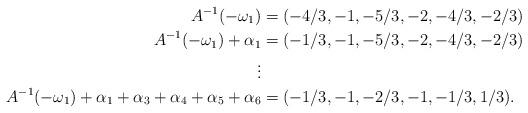
LaTeX: \begin{align*}A^{-1}(-\omega_1) &= (-4/3,-1,-5/3,-2,-4/3,-2/3)\\A^{-1}(-\omega_1) + \alpha_1 &= (-1/3,-1,-5/3,-2,-4/3,-2/3)\\\vdots\\A^{-1}(-\omega_1) + \alpha_1 + \alpha_3 + \alpha_4 + \alpha_5 + \alpha_6 &= (-1/3,-1,-2/3,-1,-1/3,1/3).\end{align*}